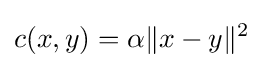
c(x,y)=\alpha \|x-y\|^{2}